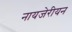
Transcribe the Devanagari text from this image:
नायजेरीयन